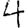
Digit: 4